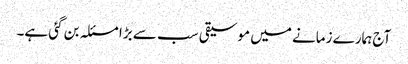
آج ہمارے زمانے میں موسیقی سب سے بڑا مسئلہ بن گئی ہے۔